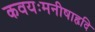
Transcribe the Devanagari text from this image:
कवयःमनीषाहृदि